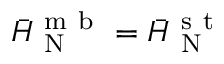
\Bar { H } _ { \mathrm { ~ N ~ } } ^ { \mathrm { ~ m ~ b ~ } } = \Bar { H } _ { \mathrm { ~ N ~ } } ^ { \mathrm { ~ s ~ t ~ } }